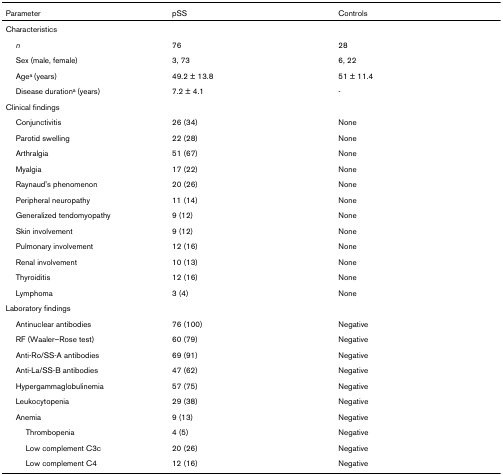
| Parameter | pSS | Controls |
 | --- | --- | --- |
 | Characteristics |  |  |
 | n | 76 | 28 |
 | Sex (male, female) | 3, 73 | 6, 22 |
 | Agea (years) | 49.2 ± 13.8 | 51 ± 11.4 |
 | Disease durationa (years) | 7.2 ± 4.1 | - |
 | Clinical findings |  |  |
 | Conjunctivitis | 26 (34) | None |
 | Parotid swelling | 22 (28) | None |
 | Arthralgia | 51 (67) | None |
 | Myalgia | 17 (22) | None |
 | Raynaud's phenomenon | 20 (26) | None |
 | Peripheral neuropathy | 11 (14) | None |
 | Generalized tendomyopathy | 9 (12) | None |
 | Skin involvement | 9 (12) | None |
 | Pulmonary involvement | 12 (16) | None |
 | Renal involvement | 10 (13) | None |
 | Thyroiditis | 12 (16) | None |
 | Lymphoma | 3 (4) | None |
 | Laboratory findings |  |  |
 | Antinuclear antibodies | 76 (100) | Negative |
 | RF (Waaler–Rose test) | 60 (79) | Negative |
 | Anti-Ro/SS-A antibodies | 69 (91) | Negative |
 | Anti-La/SS-B antibodies | 47 (62) | Negative |
 | Hypergammaglobulinemia | 57 (75) | Negative |
 | Leukocytopenia | 29 (38) | Negative |
 | Anemia | 9 (13) | Negative |
 | Thrombopenia | 4 (5) | Negative |
 | Low complement C3c | 20 (26) | Negative |
 | Low complement C4 | 12 (16) | Negative |